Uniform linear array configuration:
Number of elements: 16
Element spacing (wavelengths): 0.5
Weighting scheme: binomial
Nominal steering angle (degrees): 15
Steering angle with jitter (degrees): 14.429
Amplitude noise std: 0.05
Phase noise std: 0.05

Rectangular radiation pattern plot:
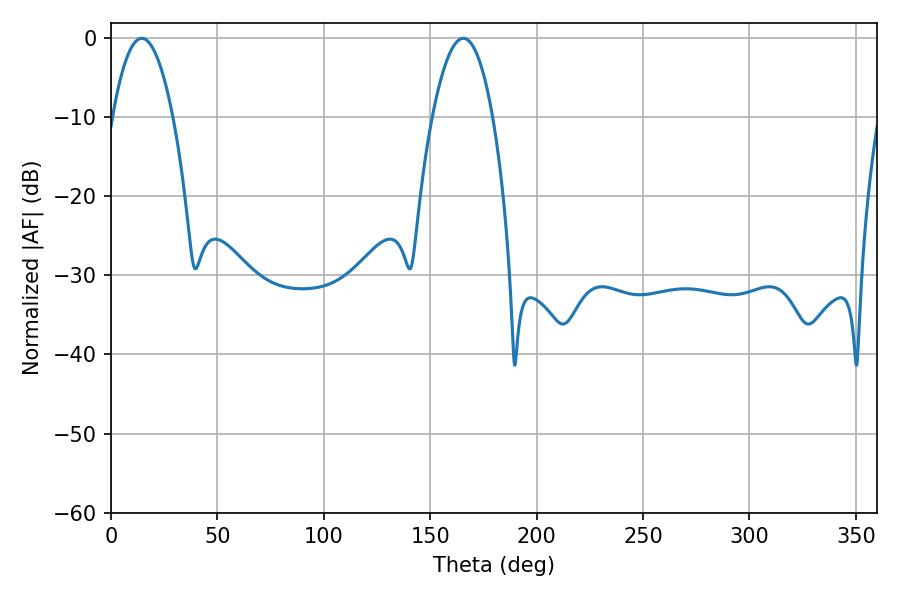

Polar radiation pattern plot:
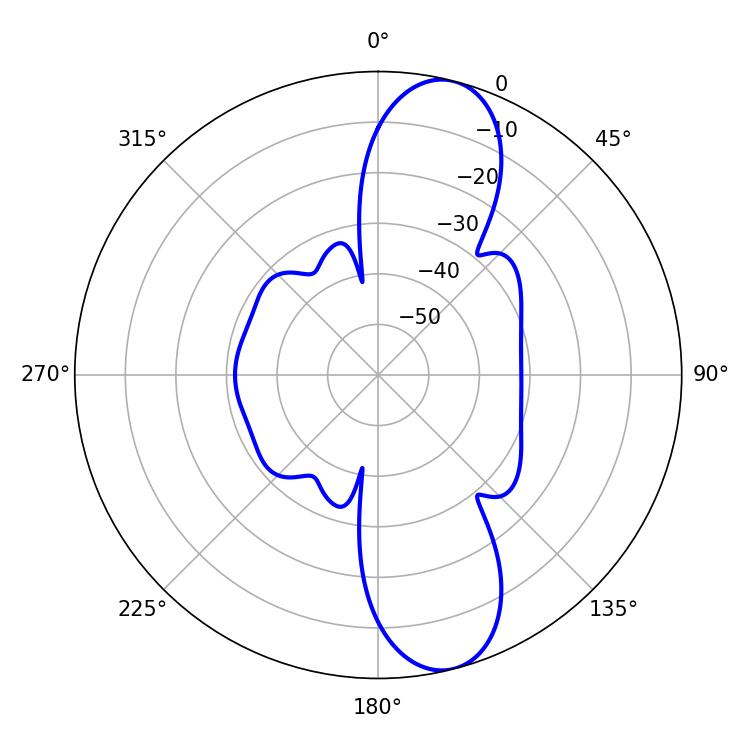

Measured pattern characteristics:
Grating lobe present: FALSE
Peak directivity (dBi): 11.301
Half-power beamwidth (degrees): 15.48
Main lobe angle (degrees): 14.4